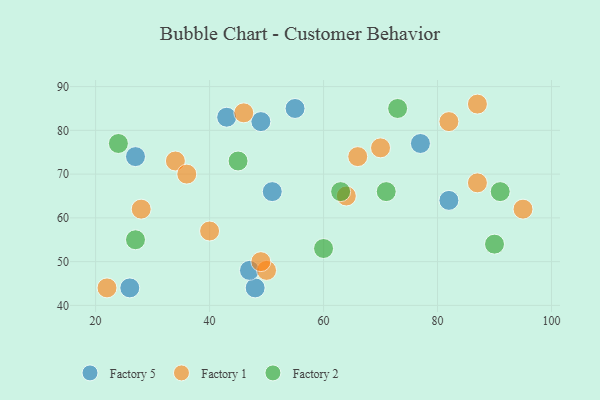
{"axis": {"x": "GDP", "y": "Life Expectancy"}, "legend": ["Factory 1", "Factory 2", "Factory 5"], "data": [{"x": "48", "y": 44, "type": "Factory 5"}, {"x": "47", "y": 48, "type": "Factory 5"}, {"x": "82", "y": 64, "type": "Factory 5"}, {"x": "51", "y": 66, "type": "Factory 5"}, {"x": "77", "y": 77, "type": "Factory 5"}, {"x": "27", "y": 74, "type": "Factory 5"}, {"x": "43", "y": 83, "type": "Factory 5"}, {"x": "55", "y": 85, "type": "Factory 5"}, {"x": "49", "y": 82, "type": "Factory 5"}, {"x": "26", "y": 44, "type": "Factory 5"}, {"x": "70", "y": 76, "type": "Factory 1"}, {"x": "66", "y": 74, "type": "Factory 1"}, {"x": "82", "y": 82, "type": "Factory 1"}, {"x": "40", "y": 57, "type": "Factory 1"}, {"x": "87", "y": 68, "type": "Factory 1"}, {"x": "28", "y": 62, "type": "Factory 1"}, {"x": "34", "y": 73, "type": "Factory 1"}, {"x": "50", "y": 48, "type": "Factory 1"}, {"x": "22", "y": 44, "type": "Factory 1"}, {"x": "36", "y": 70, "type": "Factory 1"}, {"x": "87", "y": 86, "type": "Factory 1"}, {"x": "95", "y": 62, "type": "Factory 1"}, {"x": "46", "y": 84, "type": "Factory 1"}, {"x": "64", "y": 65, "type": "Factory 1"}, {"x": "49", "y": 50, "type": "Factory 1"}, {"x": "63", "y": 66, "type": "Factory 2"}, {"x": "73", "y": 85, "type": "Factory 2"}, {"x": "27", "y": 55, "type": "Factory 2"}, {"x": "60", "y": 53, "type": "Factory 2"}, {"x": "91", "y": 66, "type": "Factory 2"}, {"x": "90", "y": 54, "type": "Factory 2"}, {"x": "71", "y": 66, "type": "Factory 2"}, {"x": "45", "y": 73, "type": "Factory 2"}, {"x": "24", "y": 77, "type": "Factory 2"}]}